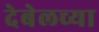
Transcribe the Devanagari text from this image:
देबेलच्या